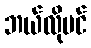
ဘယ်လိုပင်